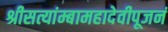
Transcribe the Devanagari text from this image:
श्रीसत्यांम्बामहादेवीपूजनं